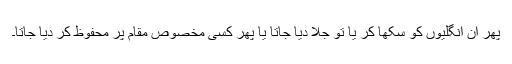
پھر ان انگلیوں کو سکھا کر یا تو جلا دیا جاتا یا پھر کسی مخصوص مقام پر محفوظ کر دیا جاتا۔